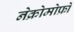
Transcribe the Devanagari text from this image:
नेक्रोमोर्फ्रों